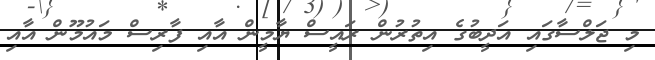
މި ޖަލްސާގައި އަދީބުގެ އިތުރުން ރައީސް ޔާމީން އާއި ފާރިސް މައުމޫން އާއި